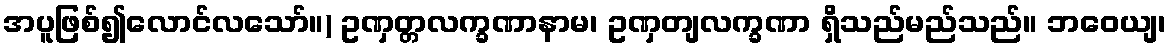
အပူဖြစ်၍လောင်လသော်။) ဥဏှတ္တလက္ခဏာနာမ၊ ဥဏှတျလက္ခဏာ ရှိသည်မည်သည်။ ဘဝေယျ၊